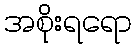
အစိုးရရော